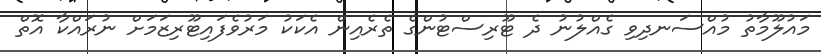
މައުލޫމާތު މުއްސަނދިވި ގެއްލުނު ދެ ޓޫރިސްޓުންގެ ތެރެއިން އެކަކު މަރުވެފައިޓޫރިޒަމަށް ނުރައްކާ އޮތް